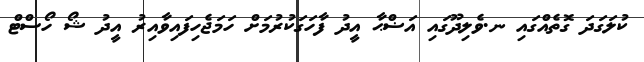
ކުލަގަދަ ގޮތެއްގައި ނ.ވެލިދޫގައި އަޟްޙާ އީދު ފާހަގަކުރުމަށް ހަމަޖެހިފައިވާއިރު އީދު ޝޯ ހޯސްޓް